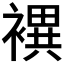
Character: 𧝀